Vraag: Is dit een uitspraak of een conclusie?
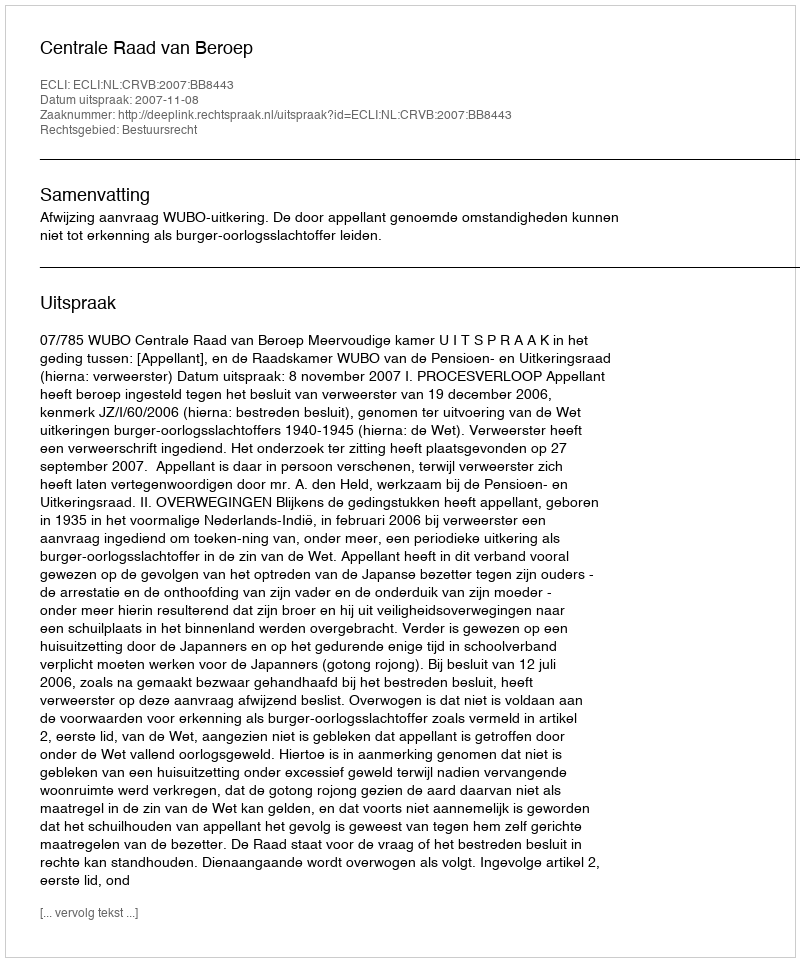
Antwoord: Uitspraak